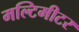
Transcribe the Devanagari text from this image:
मल्टिमीटर